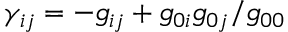
\gamma _ { i j } = - g _ { i j } + g _ { 0 i } g _ { 0 j } / g _ { 0 0 }